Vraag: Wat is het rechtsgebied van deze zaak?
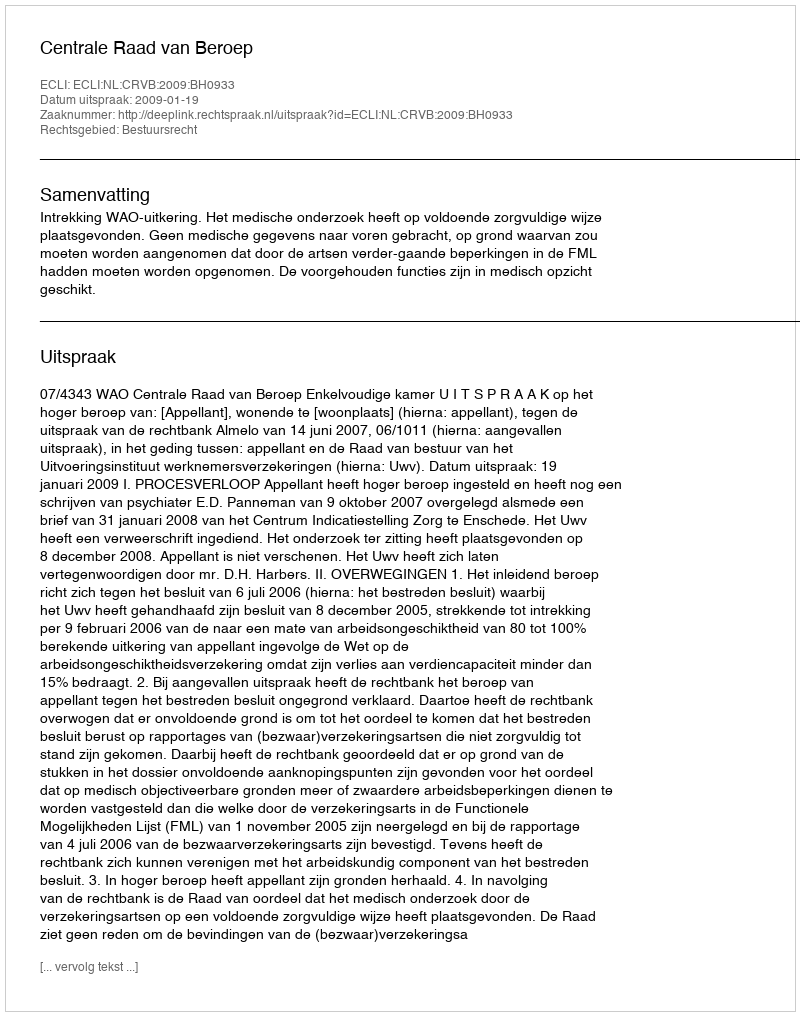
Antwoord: Bestuursrecht